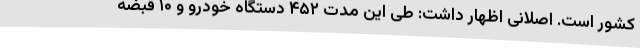
کشور است. اصلانی اظهار داشت: طی این مدت ۴۵۲ دستگاه خودرو و ۱۰ قبضه